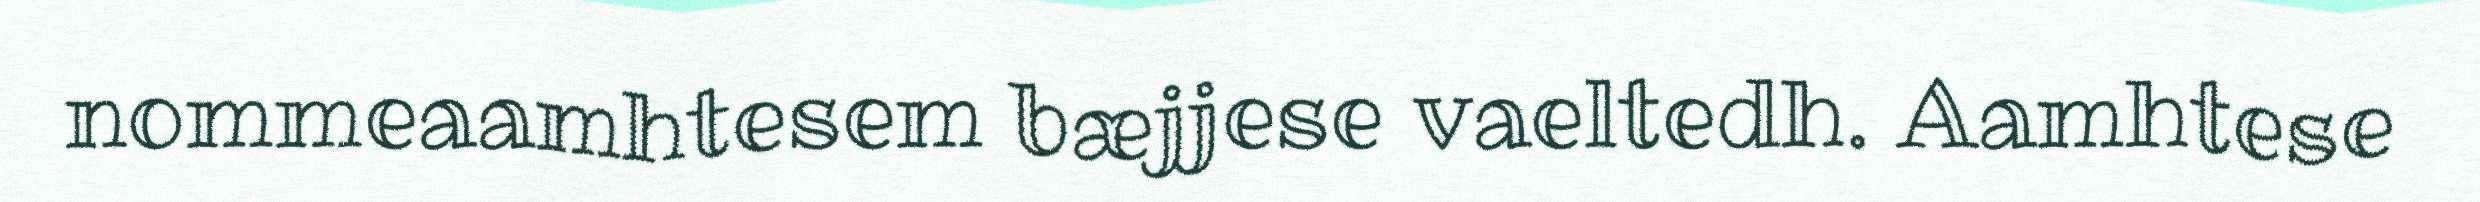
nommeaamhtesem bæjjese vaeltedh. Aamhtese